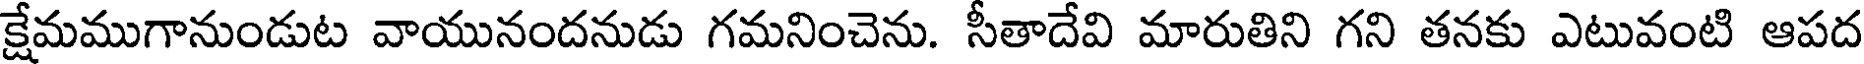
క్షేమముగానుండుట వాయునందనుడు గమనించెను. సీతాదేవి మారుతిని గని తనకు ఎటువంటి ఆపద